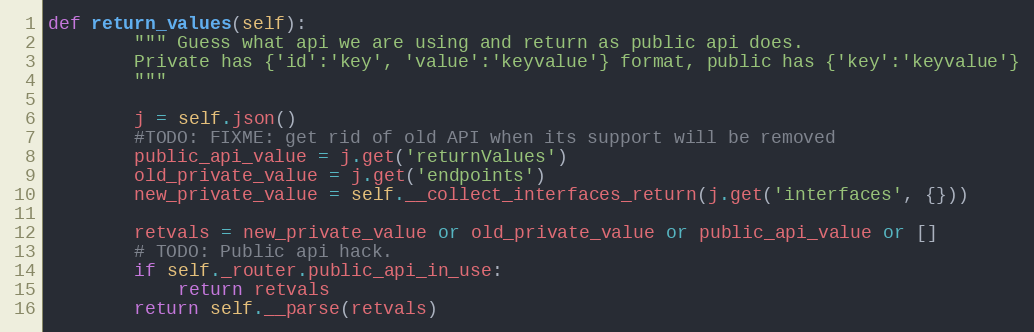
Language: Python
def return_values(self):
        """ Guess what api we are using and return as public api does.
        Private has {'id':'key', 'value':'keyvalue'} format, public has {'key':'keyvalue'}
        """

        j = self.json()
        #TODO: FIXME: get rid of old API when its support will be removed
        public_api_value = j.get('returnValues')
        old_private_value = j.get('endpoints')
        new_private_value = self.__collect_interfaces_return(j.get('interfaces', {}))

        retvals = new_private_value or old_private_value or public_api_value or []
        # TODO: Public api hack.
        if self._router.public_api_in_use:
            return retvals
        return self.__parse(retvals)